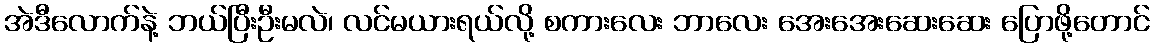
အဲဒီလောက်နဲ့ ဘယ်ပြီးဦးမလဲ၊ လင်မယားရယ်လို့ စကားလေး ဘာလေး အေးအေးဆေးဆေး ပြောဖို့တောင်